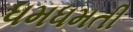
ધમધમતી